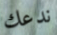
ندعك